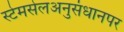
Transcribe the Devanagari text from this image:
स्टेमसेलअनुसंधानपर